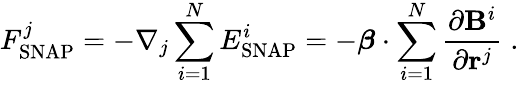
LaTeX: F_{\mathrm{SNAP}}^{j}=-\nabla_{j}\sum_{i=1}^{N}E_{\mathrm{SNAP}}^{i}=-\boldsymbol{\beta}\cdot\sum_{i=1}^{N}\frac{\partial\mathbf{B}^{i}}{\partial\mathbf{r}^{j}}\; .